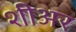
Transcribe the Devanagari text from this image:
शीअर